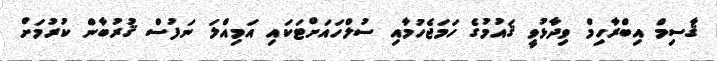
ޤާސިމް އިބްރާހިމް ވިދާޅުވީ ޤައުމުގެ ހަމަޖެހުމާއި ސުލްހައަށްޓަކައި އަމިއްލަ ނަފުސް ޤުރުބާން ކުުރުމަށް